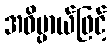
အဓိပ္ပာယ်ဖြင့်